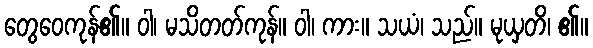
တွေဝေကုန်၏။ ဝါ၊ မသိတတ်ကုန်။ ဝါ၊ ကား။ သယံ၊ သည်။ မုယှတိ၊ ၏။